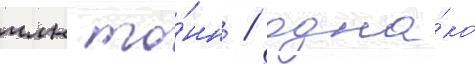
млн то́нн / одна́ко